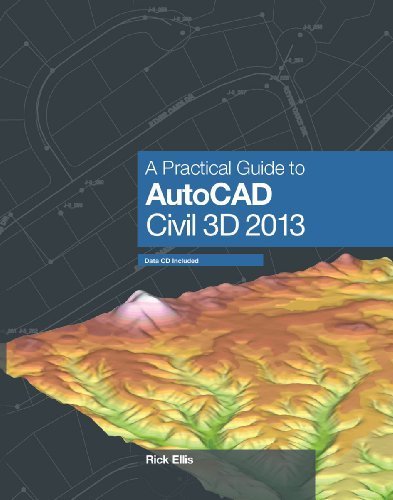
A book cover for A Practical Guide to AutoCAD Civil 3D 2013 by Rick Ellis published by Cadapult Software Solutions, Inc. (2012); Engineering & Transportation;